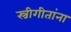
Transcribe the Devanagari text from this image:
स्त्रीगीतांना